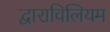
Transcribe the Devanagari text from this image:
द्वाराविलियम